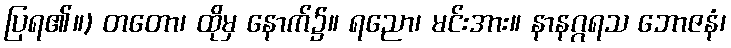
ပြရ၏။) တတော၊ ထိုမှ နောက်၌။ ရညော၊ မင်းအား။ နာနဂ္ဂရသ ဘောဇနံ၊